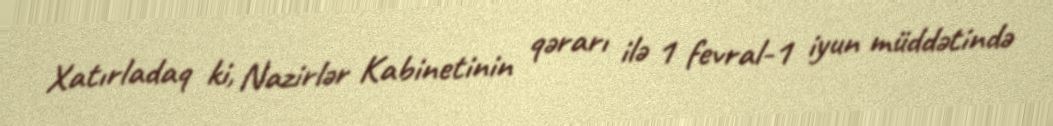
Xatırladaq ki, Nazirlər Kabinetinin qərarı ilə 1 fevral-1 iyun müddətində